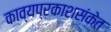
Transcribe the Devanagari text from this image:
काव्यप्रकाशसंकेत